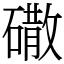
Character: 䃟